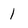
Character: 1